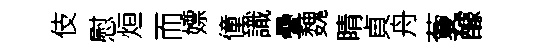
伎慰烜而嫖僮識疊魏睛貞舟藑醵